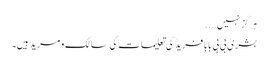
ہرگز نہیں…..
بشریٰ بی بی بابا فریدؒ کی تعلیمات کی سالک و مرید ہیں۔